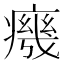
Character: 𭼧